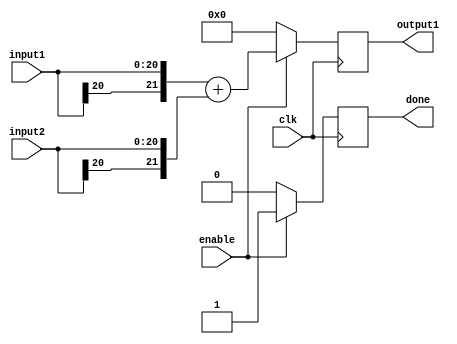
/*
	Author: Aniket Badhan
	Description: Addition stage 5 of Convolution layer 2, convolution of convolved image and convolved pattern
*/

`timescale 1ns / 1ps

module adderStage5_2(
    	input [20:0] input1,
    	input [20:0] input2,
    	output reg [21:0] output1,
	input enable,
    	input clk,
	output reg done
    );
	
	always @ (posedge clk) begin
		if(enable) begin
			output1 <= {input1[20], input1} + {input2[20], input2};
			done <= 1'b1;
		end
		else begin
			output1 <= 0;
			done <= 1'b0;
		end
	end
	
endmodule